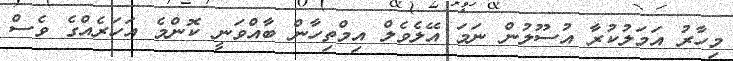
މިހާރު އަމަލުކުރާ އުސޫލުން ނަމަ އޭލެވެލް އިމްތިހާން ބާއްވަނީ ކޮންމެ އަހަރެެއްގެ ވެސް